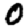
Digit: 0